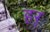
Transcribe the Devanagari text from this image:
हर्